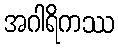
အဂါရိကဿ